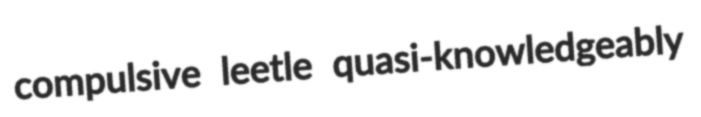
compulsive leetle quasi-knowledgeably